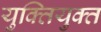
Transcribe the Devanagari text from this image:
युक्‍ितयुक्‍त